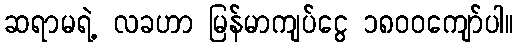
ဆရာမရဲ့ လခဟာ မြန်မာကျပ်ငွေ ၁၈၀၀ကျော်ပါ။